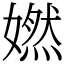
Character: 㜣